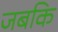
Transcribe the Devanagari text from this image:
जबकि